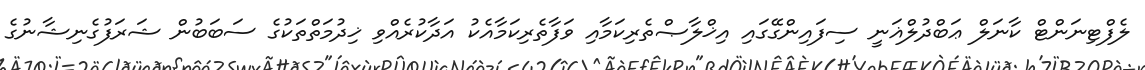
ލެފްޓިނަންޓް ކާނަލް ޢަބްދުލްޣަނީ ސިފައިންގޭގައި އިޚްލާޞްތެރިކަމާއި ވަފާތެރިކަމާއެކު އަދާކުރެއްވި ޚިދުމަތްތަކުގެ ސަބަބުން ޝަރަފުގެނިޝާނުގެ